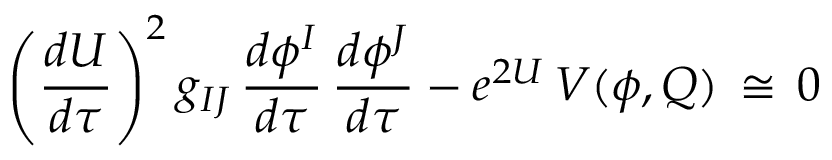
\left( \frac { d U } { d \tau } \right) ^ { 2 } g _ { I J } \, \frac { d \phi ^ { I } } { d \tau } \, \frac { d \phi ^ { J } } { d \tau } - e ^ { 2 U } \, V ( \phi , Q ) \, \cong \, 0